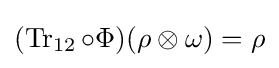
(\operatorname {Tr} _{12}\circ \Phi )(\rho \otimes \omega )=\rho